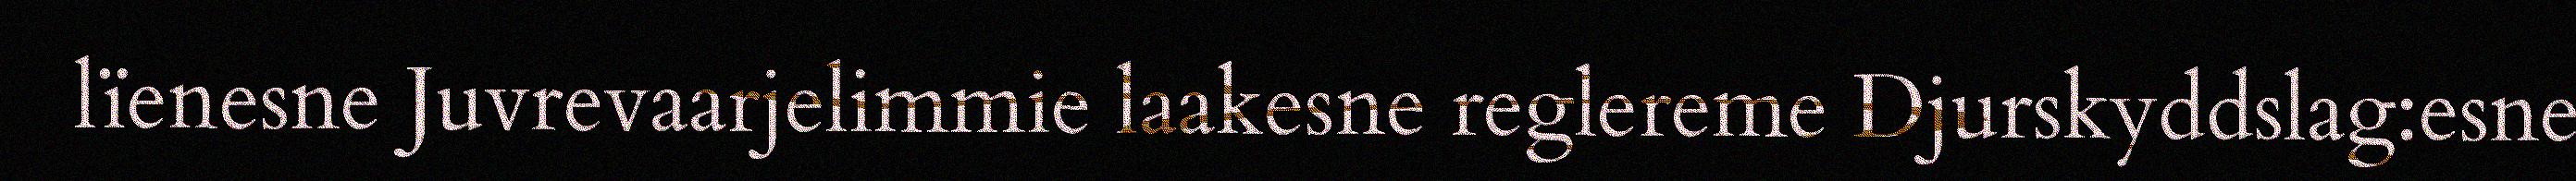
lïenesne Juvrevaarjelimmie laakesne reglereme Djurskyddslag:esne